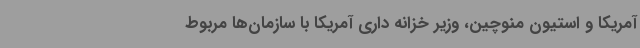
آمریکا و استیون منوچین، وزیر خزانه داری آمریکا با سازمان‌ها مربوط